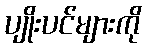
ပျိုးပင်များကို